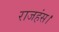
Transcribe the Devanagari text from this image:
राजहंस।